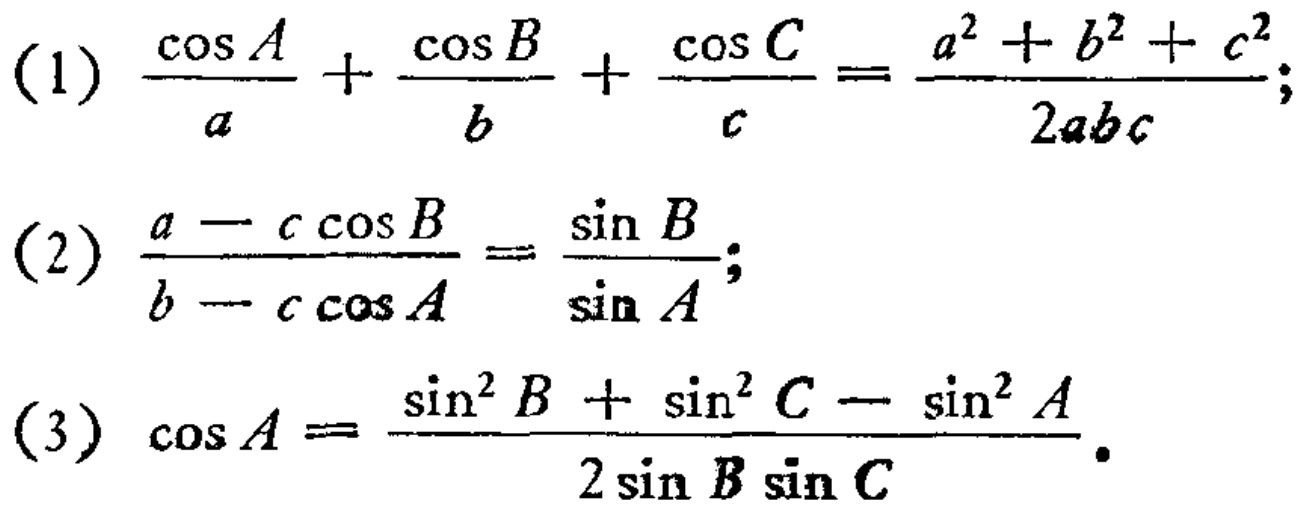
(1) \(\frac{\cos A}{a}+\frac{\cos B}{b}+\frac{\cos C}{c}=\frac{a^{2}+b^{2}+c^{2}}{2abc}\);
(2) \(\frac{a - c\cos B}{b - c\cos A}=\frac{\sin B}{\sin A}\);
(3) \(\cos A=\frac{\sin^{2}B+\sin^{2}C - \sin^{2}A}{2\sin B\sin C}\).